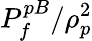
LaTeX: P_{f}^{pB}/\rho_{p}^{2}